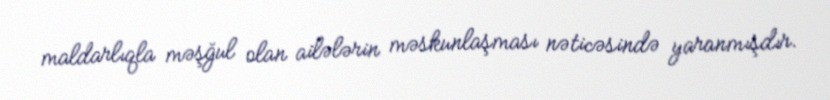
maldarlıqla məşğul olan ailələrin məskunlaşması nəticəsində yaranmışdır.